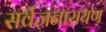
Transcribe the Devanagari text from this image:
सर्वज्ञनारायण